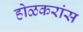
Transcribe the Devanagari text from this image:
होळकरांस